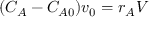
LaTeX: ( C _ { A } - C _ { A 0 } ) v _ { 0 } = r _ { A } V